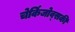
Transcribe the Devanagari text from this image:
चेर्किजोव्सकी